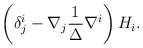
\begin{align*}\left(\delta_{j}^{i} - \nabla_{j}\frac{1}{\Delta}\nabla^{i}\right)H_{i}.\end{align*}